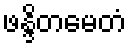
ဖန္ဒိတမေတံ